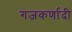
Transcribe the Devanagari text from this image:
गजकर्णादी